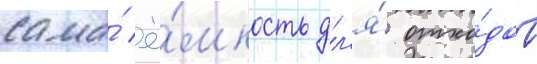
сама́ ё́мкость дл'я́ отхо́дов